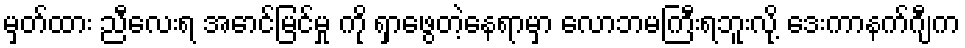
မှတ်ထား ညီလေးရ အောင်မြင်မှု ကို ရှာဖွေတဲ့နေရာမှာ လောဘမကြီးရဘူးလို့ ဒေးကာနက်ဂျီက